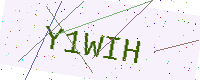
Text: Y1WIH